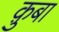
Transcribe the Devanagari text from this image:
क़ुबा